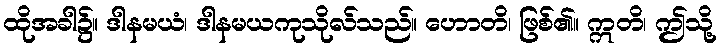
ထိုအခါ၌။ ဒါနမယံ၊ ဒါနမယကုသိုလ်သည်။ ဟောတိ၊ ဖြစ်၏။ ဣတိ၊ ဤသို့